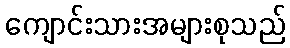
ကျောင်းသားအများစုသည်